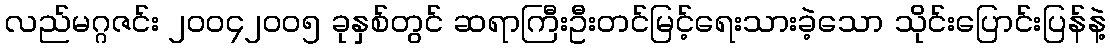
လည်မဂ္ဂဇင်း ၂၀၀၄၂၀၀၅ ခုနှစ်တွင် ဆရာကြီးဦးတင်မြင့်ရေးသားခဲ့သော သိုင်းပြောင်းပြန်နဲ့